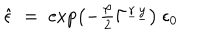
\hat { \epsilon } \; = \; \exp \left( - \textstyle { \frac { \varphi } { 2 } } \Gamma ^ { \underline { { { r } } } \underline { { { y } } } } \right) \ \epsilon _ { 0 }